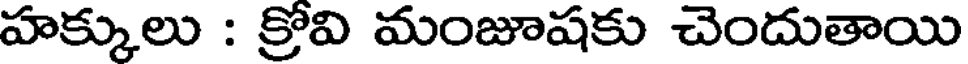
హక్కులు : క్రోవి మంజూషకు చెందుతాయి